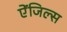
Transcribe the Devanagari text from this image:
ऐंजिल्स